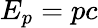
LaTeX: E_{p}=pc